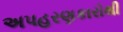
અપહરણકારોથી